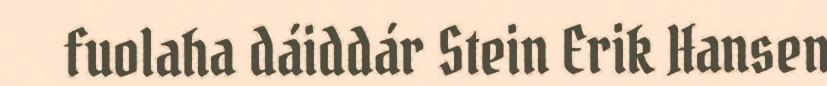
fuolaha dáiddár Stein Erik Hansen